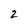
Character: 2